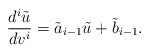
\begin{align*} \frac{d^i\tilde{u}}{dv^i}=\tilde{a}_{i-1}\tilde{u}+\tilde{b}_{i-1}.\end{align*}